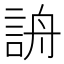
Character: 𧧔